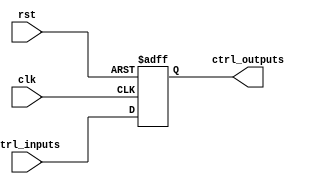
module Control_Register (
    input wire clk,                  // Clock signal
    input wire rst,                  // Reset signal
    input wire [7:0] ctrl_inputs,    // Control inputs (8 bits)
    output reg [7:0] ctrl_outputs     // Control outputs (8 bits)
);

    // Synchronous reset and capturing control inputs on clock edge
    always @(posedge clk or posedge rst) begin
        if (rst) begin
            // Define the reset state (all bits clear)
            ctrl_outputs <= 8'b00000000; // Reset to zero or desired initial state
        end else begin
            // Capture control inputs on clock edge
            ctrl_outputs <= ctrl_inputs; // Store the incoming control inputs
        end
    end

endmodule